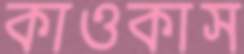
কাওকাস